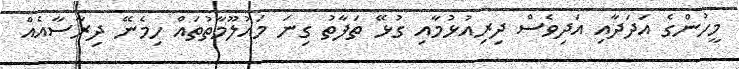
މީހުންގެ އަދަދާއި އަދިވެސް ދިރިއުޅުމާއި ގުޅޭ ތަފާތު ގިނަ މައުލޫމާތުތައް ހިމެނޭ ދިރާސާއެއް